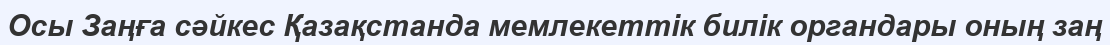
Осы Заңға сәйкес Қазақстанда мемлекеттік билік органдары оның заң